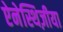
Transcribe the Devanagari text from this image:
ऐनेस्थिज़ीया